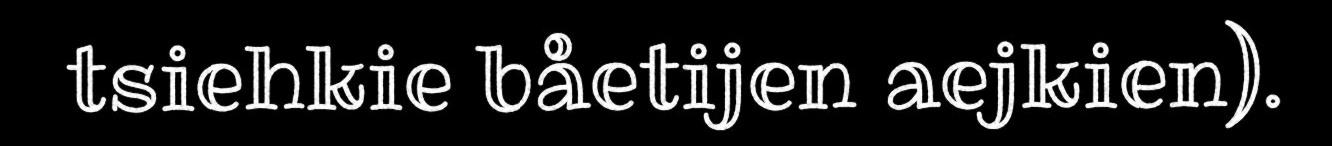
tsiehkie båetijen aejkien).